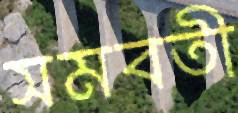
সমবতী